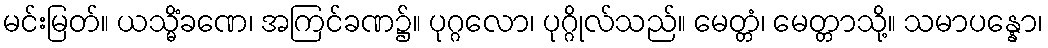
မင်းမြတ်။ ယသ္မိံခဏေ၊ အကြင်ခဏ၌။ ပုဂ္ဂလော၊ ပုဂ္ဂိုလ်သည်။ မေတ္တံ၊ မေတ္တာသို့။ သမာပန္နော၊